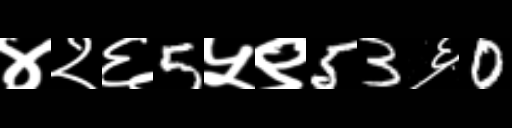
Text: ४२६5५९53६0